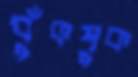
ধুঁকপুক